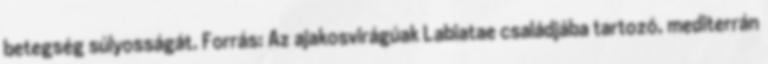
betegség súlyosságát. Forrás: Az ajakosvirágúak Labiatae családjába tartozó, mediterrán